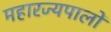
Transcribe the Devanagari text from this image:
महारज्यपालों